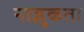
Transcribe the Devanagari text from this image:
नाज़ुकता